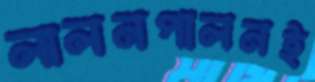
লালনপালনই